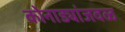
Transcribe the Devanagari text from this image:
कोनाड्यांजवळ